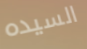
السيده